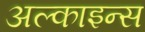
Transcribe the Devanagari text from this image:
अल्काइन्स